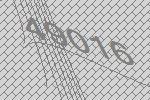
49016